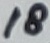
Text: 18